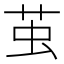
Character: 茧